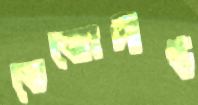
তেজোদীপ্ত